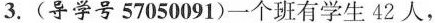
3. (导学号57050091)一个班有学生42人，